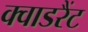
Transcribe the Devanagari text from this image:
क्वाडरैंट